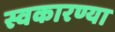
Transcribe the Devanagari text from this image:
स्वकारण्या